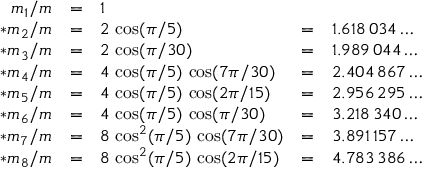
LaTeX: \begin{array} { r c l c l } { { m _ { 1 } / m } } & { { = } } & { { 1 } } & { { } } & { { } } \\ { { * m _ { 2 } / m } } & { { = } } & { { 2 \, \cos ( \pi / 5 ) } } & { { = } } & { { 1 . 6 1 8 \, 0 3 4 \ldots } } \\ { { * m _ { 3 } / m } } & { { = } } & { { 2 \, \cos ( \pi / 3 0 ) } } & { { = } } & { { 1 . 9 8 9 \, 0 4 4 \ldots } } \\ { { * m _ { 4 } / m } } & { { = } } & { { 4 \, \cos ( \pi / 5 ) \, \cos ( 7 \pi / 3 0 ) } } & { { = } } & { { 2 . 4 0 4 \, 8 6 7 \ldots } } \\ { { * m _ { 5 } / m } } & { { = } } & { { 4 \, \cos ( \pi / 5 ) \, \cos ( 2 \pi / 1 5 ) } } & { { = } } & { { 2 . 9 5 6 \, 2 9 5 \ldots } } \\ { { * m _ { 6 } / m } } & { { = } } & { { 4 \, \cos ( \pi / 5 ) \, \cos ( \pi / 3 0 ) } } & { { = } } & { { 3 . 2 1 8 \, 3 4 0 \ldots } } \\ { { * m _ { 7 } / m } } & { { = } } & { { 8 \, \cos ^ { 2 } ( \pi / 5 ) \, \cos ( 7 \pi / 3 0 ) } } & { { = } } & { { 3 . 8 9 1 \, 1 5 7 \ldots } } \\ { { * m _ { 8 } / m } } & { { = } } & { { 8 \, \cos ^ { 2 } ( \pi / 5 ) \, \cos ( 2 \pi / 1 5 ) } } & { { = } } & { { 4 . 7 8 3 \, 3 8 6 \ldots } } \end{array}